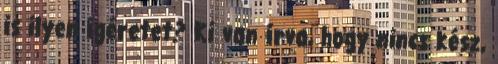
is ilyen ígéretet? Ki van írva, hogy nincs kész,